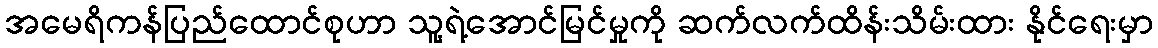
အမေရိကန်ပြည်ထောင်စုဟာ သူ့ရဲ့အောင်မြင်မှုကို ဆက်လက်ထိန်းသိမ်းထား နိုင်ရေးမှာ